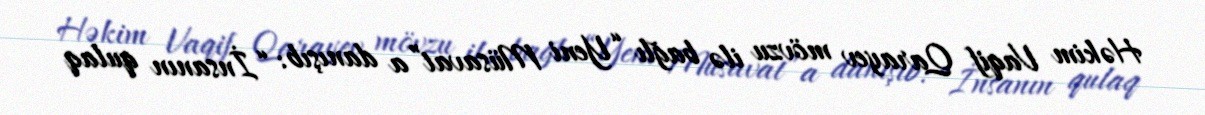
Həkim Vaqif Qarayev mövzu ilə bağlı “Yeni Müsavat”a danışıb: “İnsanın qulaq